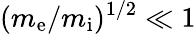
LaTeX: (m_{\mathrm{e}}/m_{\mathrm{i}})^{1/2}\ll 1